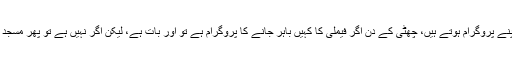
پھر یہ بھی ہے کہ چھٹی کے دن بعض مجبوریاں ہوتی ہیں، بعض فیملی کے اپنے پروگرام ہوتے ہیں، چھٹی کے دن اگر فیملی کا کہیں باہر جانے کا پروگرام ہے تو اور بات ہے، لیکن اگر نہیں ہے تو پھر مسجد میں زیادہ سے زیادہ نمازوں کے لئے آنا چاہئے اور بچوں کو ساتھ لانا چاہئے۔